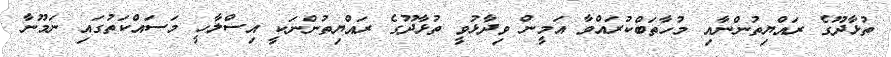
ތުޅާދޫގެ ރައްޔިތުންނާއި މުހާތަބްކުރައްވާ އަމީން ވިދާޅުވީ ތުޅާދޫގެ ރައްޔިތުންނަކީ އިސްލާހީ މަސައްކަތުގައި ނަމޫނާ